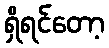
ရှိရင်တော့